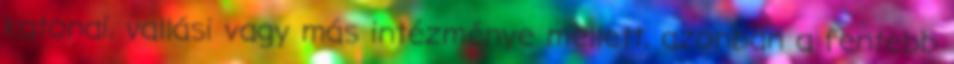
katonai, vallási vagy más intézménye mellett, azonban a fentebb